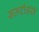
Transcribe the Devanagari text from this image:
सऊदीअरब